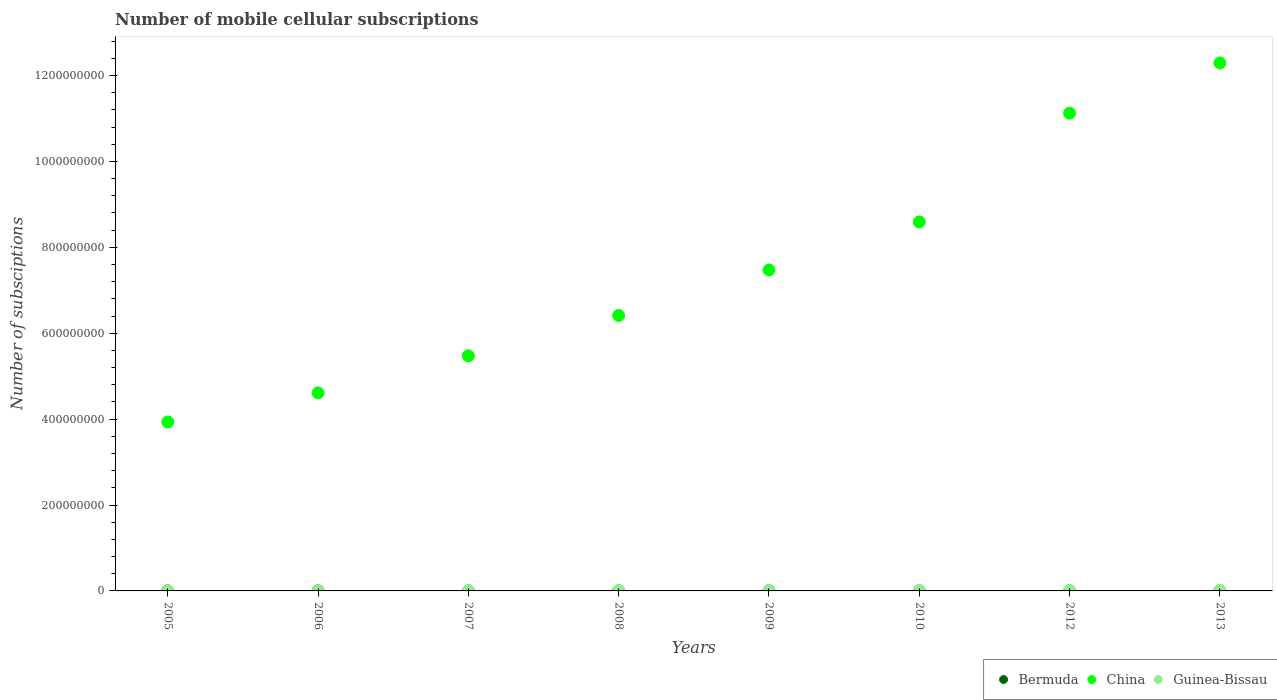
| Years | Bermuda | China | Guinea-Bissau |
 | --- | --- | --- | --- |
 | 2005 | 5.27e+04 | 3.93e+08 | 9.88e+04 |
 | 2006 | 6.01e+04 | 4.61e+08 | 1.57e+05 |
 | 2007 | 6.9e+04 | 5.47e+08 | 2.96e+05 |
 | 2008 | 7.9e+04 | 6.41e+08 | 5e+05 |
 | 2009 | 8.5e+04 | 7.47e+08 | 5.6e+05 |
 | 2010 | 8.82e+04 | 8.59e+08 | 6.77e+05 |
 | 2012 | 9.1e+04 | 1.11e+09 | 1.05e+06 |
 | 2013 | 9.43e+04 | 1.23e+09 | 9.4e+05 |